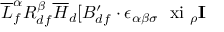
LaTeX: \overline { { { L } } } _ { f } ^ { \alpha } R _ { d f } ^ { \beta } \overline { { { H } } } _ { d } [ B _ { d f } ^ { \prime } \cdot \epsilon _ { \alpha \beta \sigma } \mathrm { \boldmath ~ \ x i ~ } _ { \rho } { \bf I }